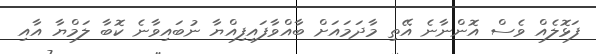
ފަޅޮލެއް ވެސް އޮންނާނެ އޭތި މާދަމައަށް ބާއްވާފައިފިއްޔާ ނުބައިވާނެ ކޮބާ ލަމްޔާ އާއި